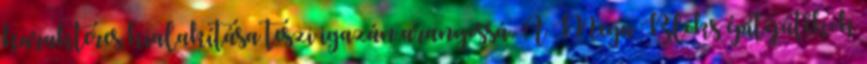
karakteres kialakítása teszi igazán aranyossá. A Mega Bloks építőjátékok